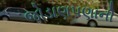
જોડાણપણાની